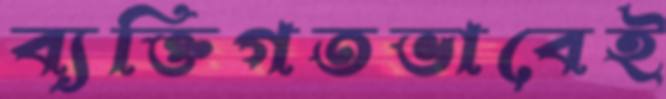
ব্যক্তিগতভাবেই